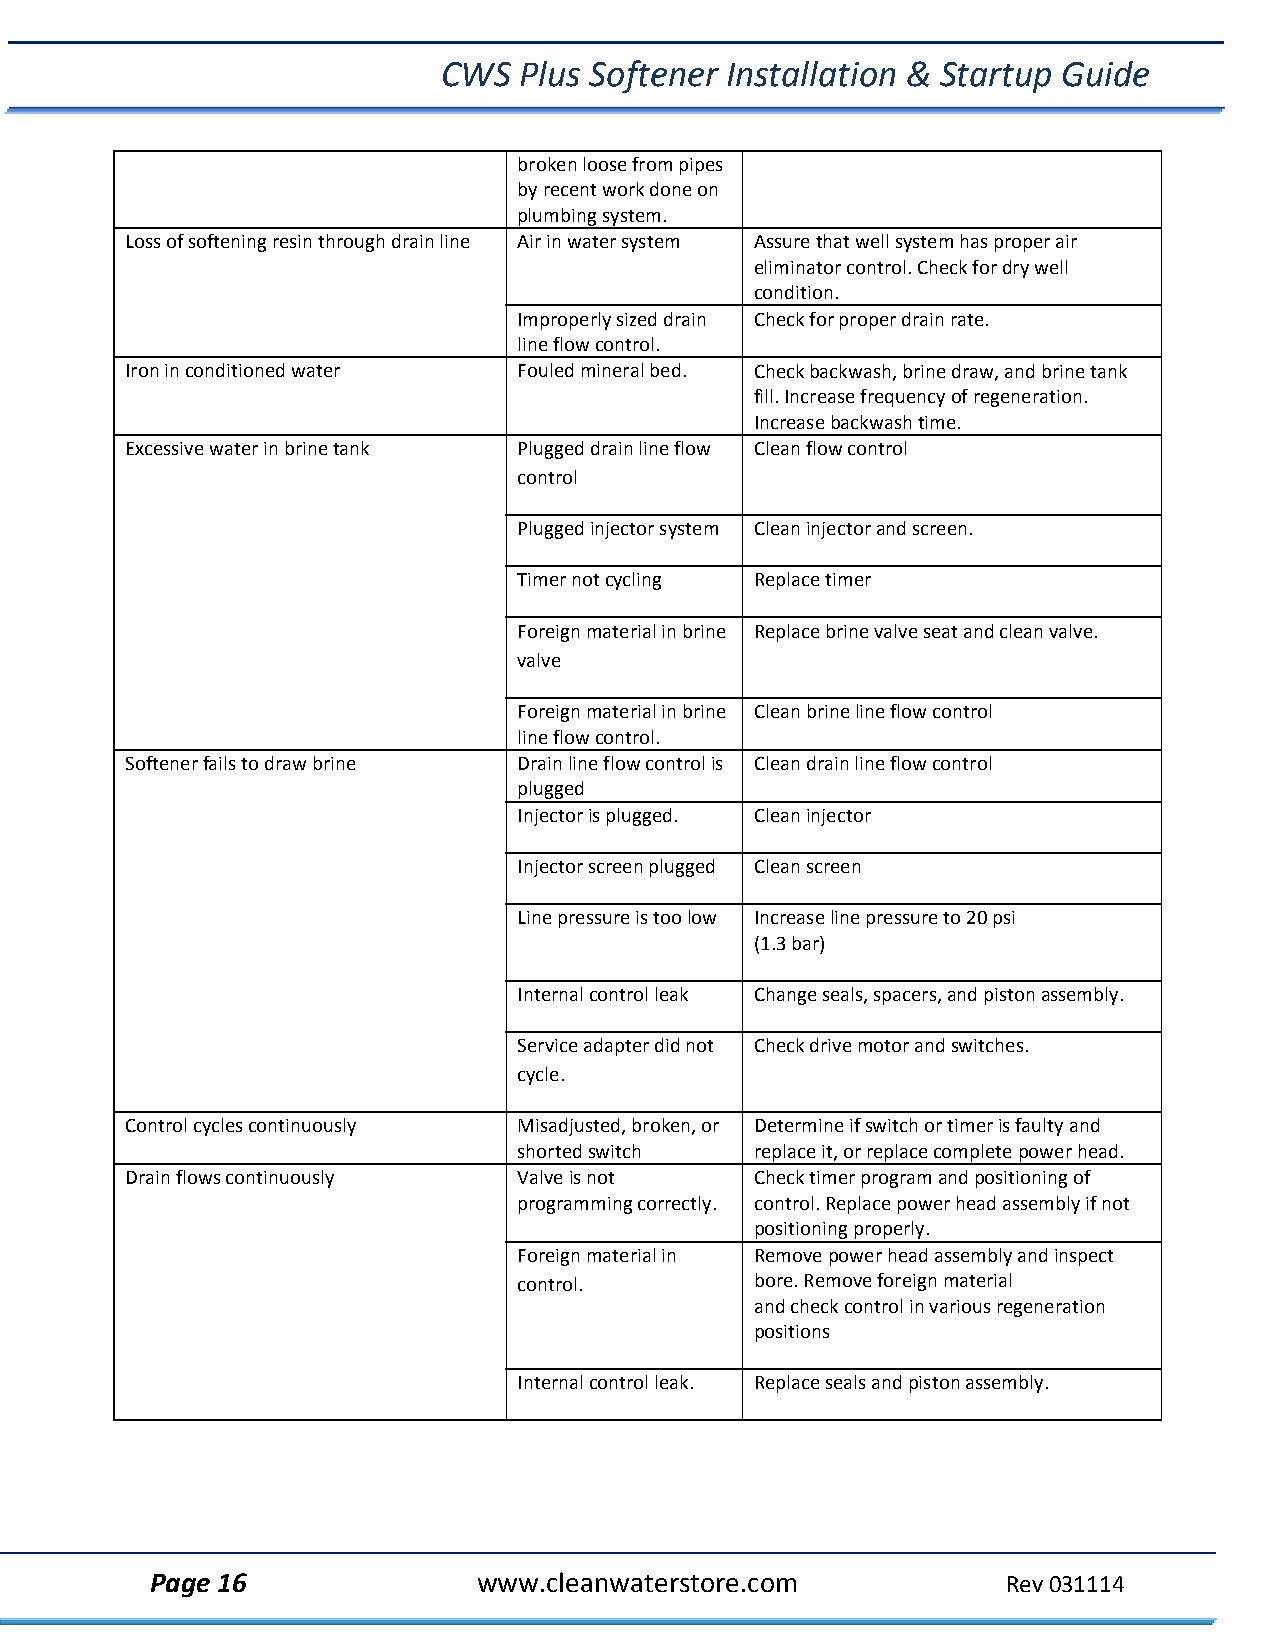
CWS  Plus Softener Installation & Startup Guide
 broken loosefrom pipes
 by recent work done on
 plumbing system.
 Loss of softening resin through drain line Air in water system Assure that well system has properair
 eliminator control. Check for dry well
 condition.
 Improperly sized drain Check for proper drain rate.
 line flow control.
 Iron in conditioned water Fouled mineral bed. Check backwash, brine draw, andbrine tank
 fill. Increase frequency of regeneration.
 Increase backwash time.
 Excessive water in brine tank Plugged drain line flow Clean flow control
 control
 Plugged injector system Clean injector and screen.
 Timer not cycling Replace timer
 Foreign material in brine Replace brine valve seat and cleanvalve.
 valve
 Foreign material in brine Clean brine line flow control
 line flow control.
 Softener fails to draw brine Drain line flow control is Clean drain line flow control
 plugged
 Injector is plugged. Clean injector
 Injector screen plugged Clean screen
 Line pressure is too low Increase line pressure to 20 psi
 (1.3 bar)
 Internal control leak Change seals, spacers, and piston assembly.
 Service adapter did not Check drive motor and switches.
 cycle.
 Control cycles continuously Misadjusted, broken, or Determine if switch or timer is faulty and
 shorted switch  replace it, or replace complete power head.
 Drain flows continuously  Valve is not    Check timer program and positioning of
 programming correctly. control. Replace power head assembly if not
 positioning properly.
 Foreign material in Remove power head assembly and inspect
 control.        bore. Remove foreign material
 and check control in various regeneration
 positions
 Internal control leak. Replace seals and piston assembly.
 Page 16               www.cleanwaterstore.com            Rev 031114